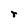
Character: r